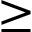
\geq